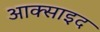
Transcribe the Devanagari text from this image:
आक्साइद